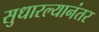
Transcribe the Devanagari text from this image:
सुधारल्यानंतर